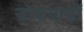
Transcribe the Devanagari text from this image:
डॉकयाडों